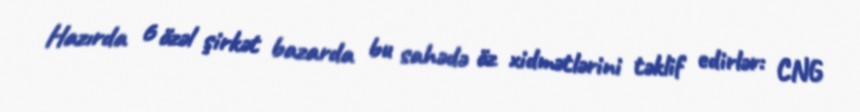
Hazırda 6 özəl şirkət bazarda bu sahədə öz xidmətlərini təklif edirlər: CNG